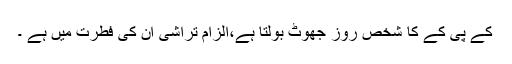
کے پی کے کا شخص روز جھوٹ بولتا ہے،الزام تراشی ان کی فطرت میں ہے ۔